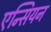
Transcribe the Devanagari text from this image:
एन्सियन